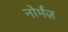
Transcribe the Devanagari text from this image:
नोर्मंज़